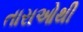
તારાઓથી